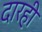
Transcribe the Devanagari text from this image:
दारही